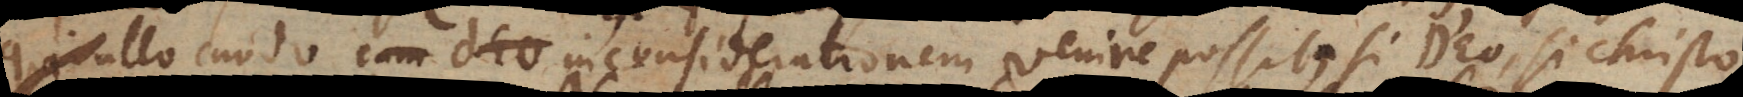
ullo modo in considerationem venire possit, si Deo, si Christo